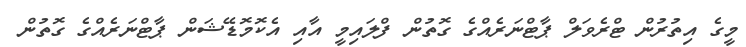
މީގެ އިތުރުން ޓްރެވަލް ޕާޓްނަރެއްގެ ގޮތުން ފްލައިމީ އާއި އެކޮމޮޑޭޝަން ޕާޓްނަރެއްގެ ގޮތުން